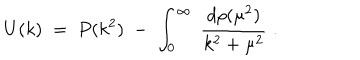
U ( k ) \; = \; P ( k ^ { 2 } ) \; - \; \int _ { 0 } ^ { \infty } \; \frac { d \rho ( \mu ^ { 2 } ) } { k ^ { 2 } + \mu ^ { 2 } } \; .